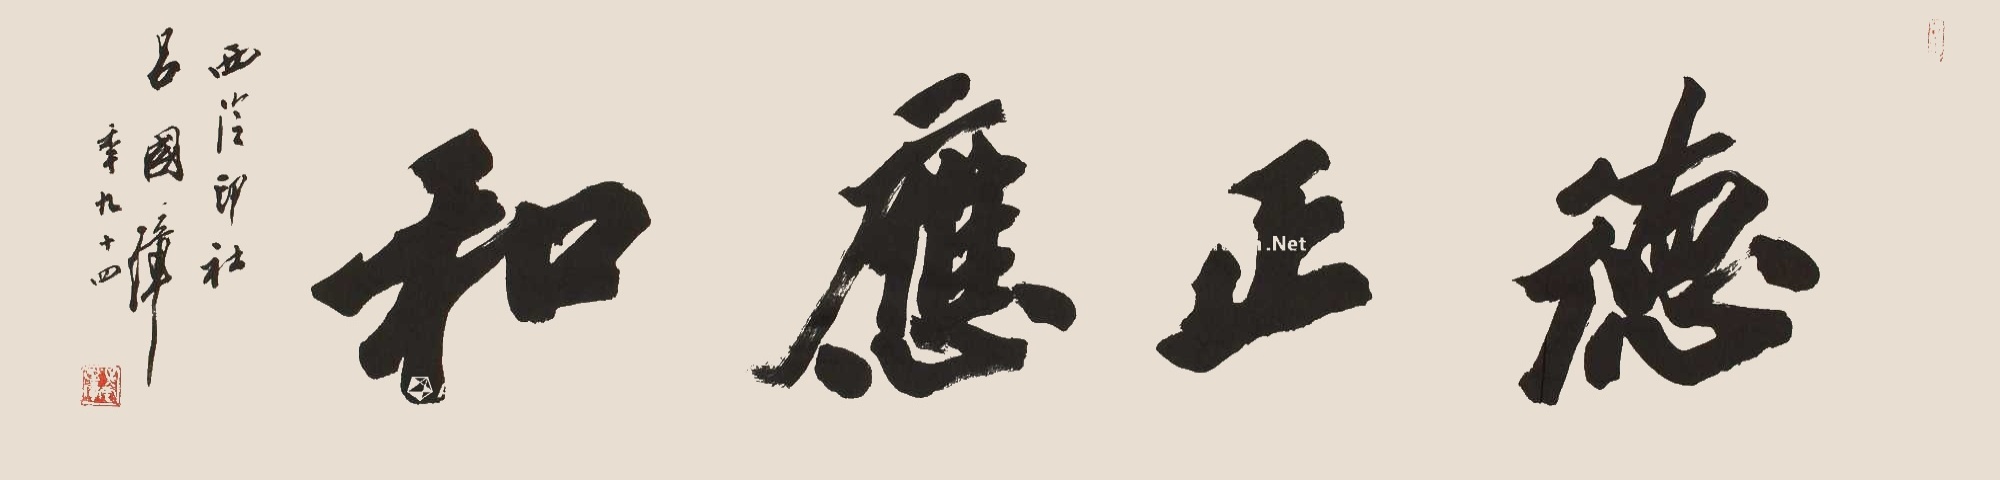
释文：德正应和西泠印社吕国璋年九十四。